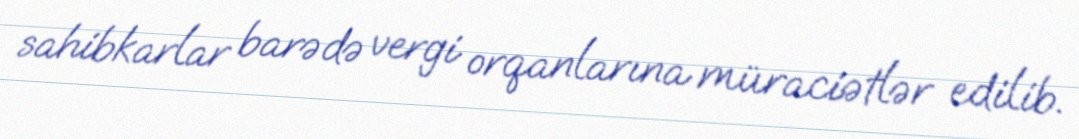
sahibkarlar barədə vergi orqanlarına müraciətlər edilib.